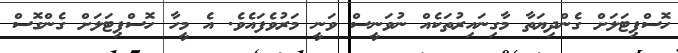
ހޮސްޕިޓަލަށް ގެންދިޔަތާ މާގިނައިރުތަކެއް ނުވަނީސް ވަނީ މަރުވެފައެވެ. އެ މީހާ ހޮސްޕިޓަލަށް ގެންގޮސް